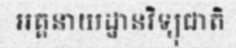
អគ្គនាយដ្ឋានវិទ្យុជាតិ